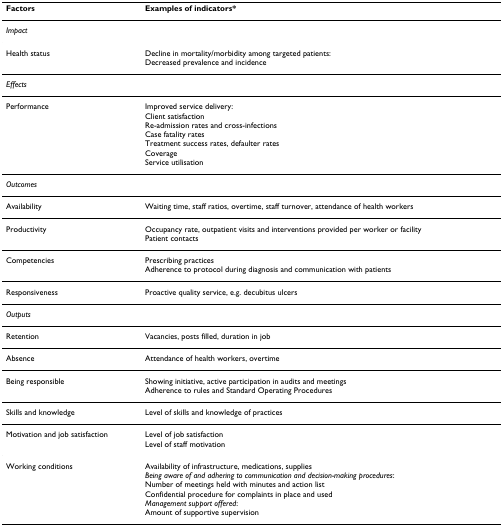
| Factors | Examples of indicators* |
 | --- | --- |
 | Impact |  |
 | Health status | Decline in mortality/morbidity among targeted patients:Decreased prevalence and incidence |
 | Effects |  |
 | Performance | Improved service delivery:Client satisfactionRe-admission rates and cross-infectionsCase fatality ratesTreatment success rates, defaulter ratesCoverageService utilisation |
 | Outcomes |  |
 | Availability | Waiting time, staff ratios, overtime, staff turnover, attendance of health workers |
 | Productivity | Occupancy rate, outpatient visits and interventions provided per worker or facilityPatient contacts |
 | Competencies | Prescribing practicesAdherence to protocol during diagnosis and communication with patients |
 | Responsiveness | Proactive quality service, e.g. decubitus ulcers |
 | Outputs |  |
 | Retention | Vacancies, posts filled, duration in job |
 | Absence | Attendance of health workers, overtime |
 | Being responsible | Showing initiative, active participation in audits and meetingsAdherence to rules and Standard Operating Procedures |
 | Skills and knowledge | Level of skills and knowledge of practices |
 | Motivation and job satisfaction | Level of job satisfactionLevel of staff motivation |
 | Working conditions | Availability of infrastructure, medications, suppliesBeing aware of and adhering to communication and decision-making procedures:Number of meetings held with minutes and action listConfidential procedure for complaints in place and usedManagement support offered:Amount of supportive supervision |